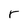
Character: r